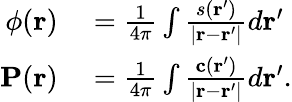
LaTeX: \begin{array}{rl}{\phi(\mathbf{r})}&{{}=\frac{1}{4\pi}\int\frac{s(\mathbf{r}^{\prime})}{|\mathbf{r}-\mathbf{r}^{\prime}|}d\mathbf{r}^{\prime}}\\ {\mathbf{P}(\mathbf{r})}&{{}=\frac{1}{4\pi}\int\frac{\mathbf{c}(\mathbf{r}^{\prime})}{|\mathbf{r}-\mathbf{r}^{\prime}|}d\mathbf{r}^{\prime}.}\end{array}